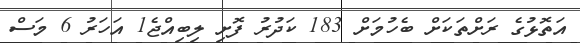
އަތޮޅުގެ ރަށްތަކަށް ބެހުމަށް 183 ކަދުރު ފޮށި ލިބިއްޖެ1 އަހަރު 6 މަސް